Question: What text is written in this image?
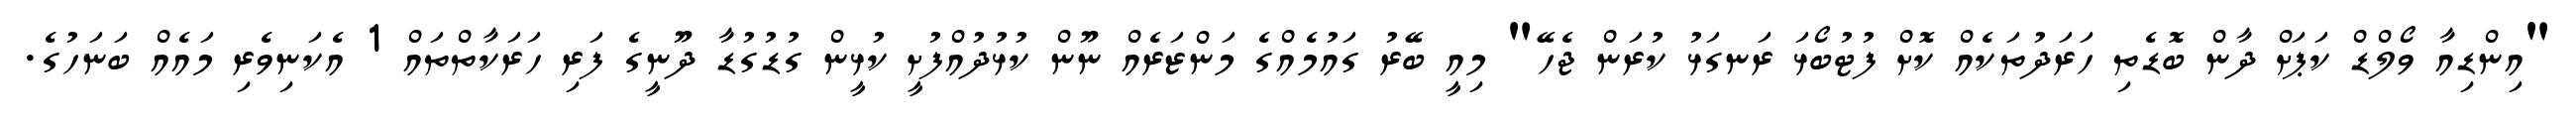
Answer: "އިންޑިއާ ވޯލްޑް ކަޕަށް ދާން ބޮޑެތި ހަރަދުތަކެއް ކޮށް ފުޓުބޯޅަ ރަނގަޅު ކުރަން ޖެހޭ" މިއީ ބޭރު ގައުމެއްގެ މަންޒަރެއް ނޫން ކުޅުދުއްފުށީ ކުޅީން ގުޑުގުޑާ ދޫނީގެ ފަރި ހަރަކާތްތައް 1 އެކަނިވެރި މައެއް ބަނަހުގެ.